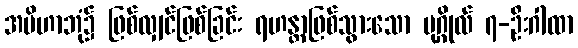
အပိဟာဘုံ၌ ဖြစ်လျှင်ဖြစ်ခြင်း ရဟန္တာဖြစ်သွားသော ပုဂ္ဂိုလ် ၇-ဦးဂါထာ